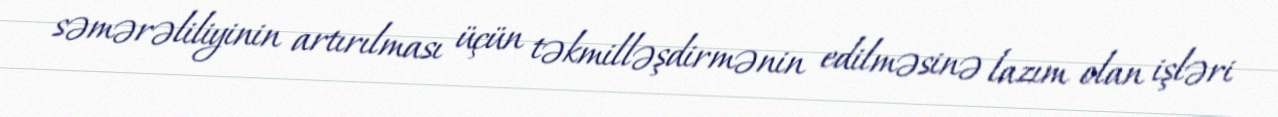
səmərəliliyinin artırılması üçün təkmilləşdirmənin edilməsinə lazım olan işləri